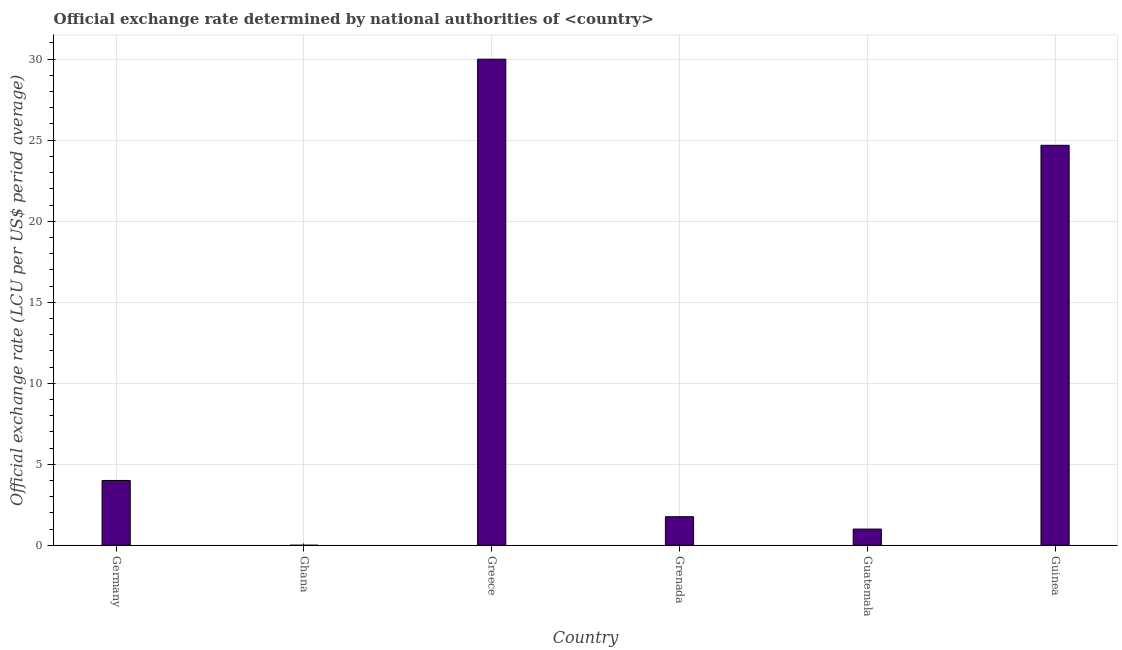
| Country | Official exchange rate |
 | --- | --- |
 | Germany | 4 |
 | Ghana | 8.61e-05 |
 | Greece | 30 |
 | Grenada | 1.76 |
 | Guatemala | 1 |
 | Guinea | 24.7 |